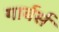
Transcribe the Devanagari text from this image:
गार्बर्स